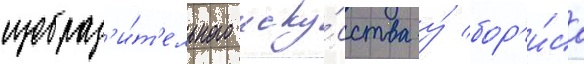
изобраз'и́т'ельного иску́сства у́ бор'и́са